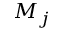
M _ { j }